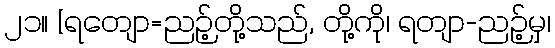
၂၁။ [ရတျော=ညဉ့်တို့သည်, တို့ကို၊ ရတျာ-ညဉ့်မှ၊